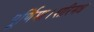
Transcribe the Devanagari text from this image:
पूर्णिमा।शरिमध